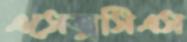
এসেক্সসিএস